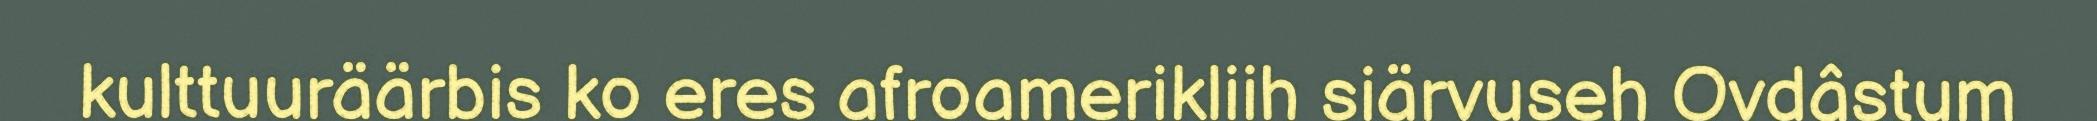
kulttuuräärbis ko eres afroamerikliih siärvuseh Ovdâstum